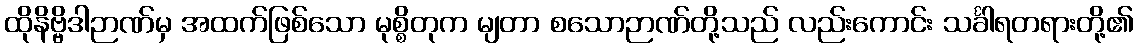
ထိုနိဗ္ဗိဒါဉာဏ်မှ အထက်ဖြစ်သော မုစ္စိတုက မျတာ စသောဉာဏ်တို့သည် လည်းကောင်း သင်္ခါရတရားတို့၏